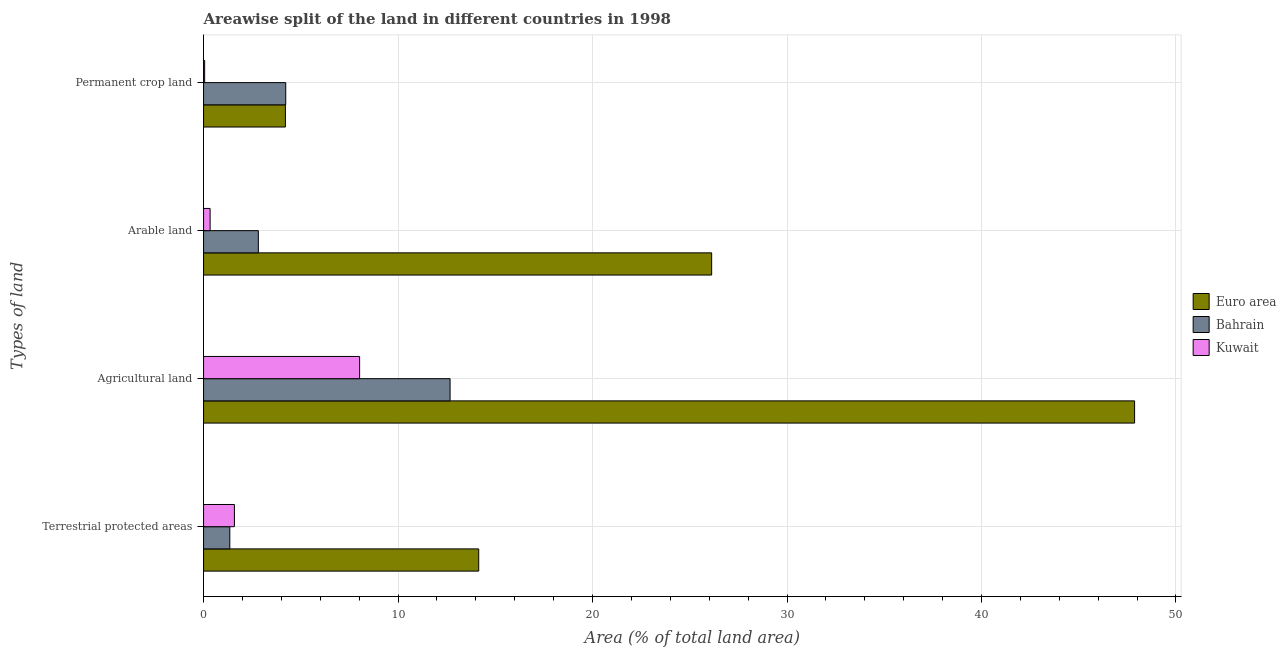
| Types of land | Euro area | Bahrain | Kuwait |
 | --- | --- | --- | --- |
 | Terrestrial protected areas | 14.1 | 1.35 | 1.59 |
 | Agricultural land | 47.9 | 12.7 | 8.02 |
 | Arable land | 26.1 | 2.82 | 0.337 |
 | Permanent crop land | 4.21 | 4.23 | 0.0561 |